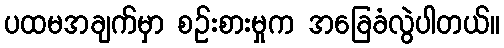
ပထမအချက်မှာ စဉ်းစားမှုက အခြေခံလွဲပါတယ်။